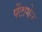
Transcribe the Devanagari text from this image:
पेंटागेन